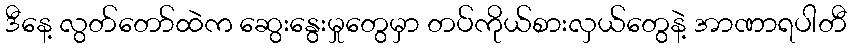
ဒီနေ့ လွတ်တော်ထဲက ဆွေးနွေးမှုတွေမှာ တပ်ကိုယ်စားလှယ်တွေနဲ့ အာဏာရပါတီ